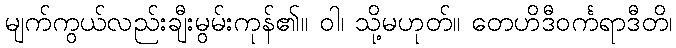
မျက်ကွယ်လည်းချီးမွမ်းကုန်၏။ ဝါ၊ သို့မဟုတ်။ တေဟိဒီဝင်္ကရာဒီတိ၊